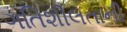
ગતિશીલતાની